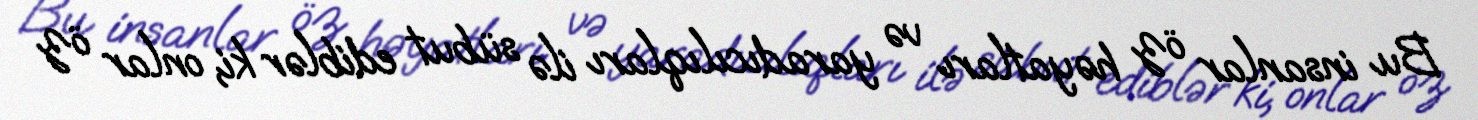
Bu insanlar öz həyatları və yaradıcılıqları ilə sübut ediblər ki, onlar öz